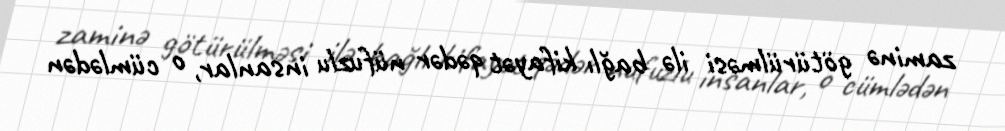
zaminə götürülməsi ilə bağlı kifayət qədər nüfuzlu insanlar, o cümlədən